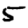
Digit: 5